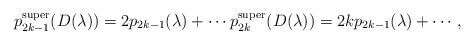
LaTeX: \begin{gather*}p_{2k-1}^{\mathrm{super}}(D(\lambda))= 2p_{2k-1}(\lambda)+ \cdots p_{2k}^{\mathrm{super}}(D(\lambda))= 2k p_{2k-1}(\lambda)+ \cdots,\end{gather*}